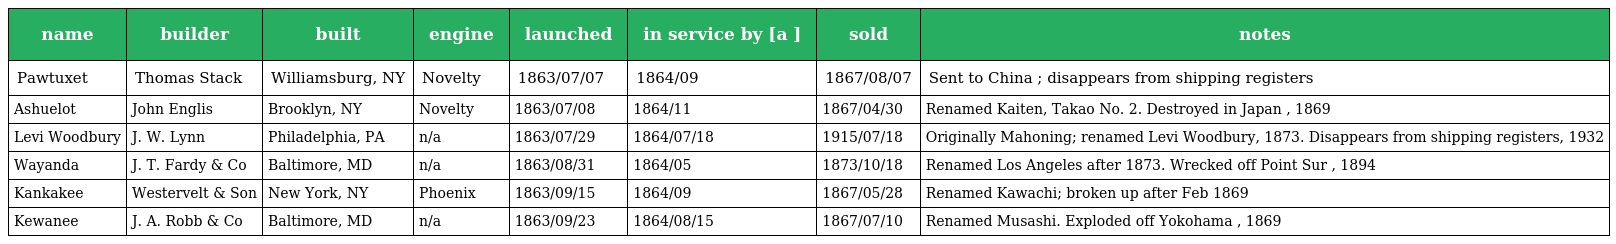
| name | builder | built | engine | launched | in service by [a ] | sold | notes |
 | --- | --- | --- | --- | --- | --- | --- | --- |
 | Pawtuxet | Thomas Stack | Williamsburg, NY | Novelty | 1863/07/07 | 1864/09 | 1867/08/07 | Sent to China ; disappears from shipping registers |
 | Ashuelot | John Englis | Brooklyn, NY | Novelty | 1863/07/08 | 1864/11 | 1867/04/30 | Renamed Kaiten, Takao No. 2. Destroyed in Japan , 1869 |
 | Levi Woodbury | J. W. Lynn | Philadelphia, PA | n/a | 1863/07/29 | 1864/07/18 | 1915/07/18 | Originally Mahoning; renamed Levi Woodbury, 1873. Disappears from shipping registers, 1932 |
 | Wayanda | J. T. Fardy & Co | Baltimore, MD | n/a | 1863/08/31 | 1864/05 | 1873/10/18 | Renamed Los Angeles after 1873. Wrecked off Point Sur , 1894 |
 | Kankakee | Westervelt & Son | New York, NY | Phoenix | 1863/09/15 | 1864/09 | 1867/05/28 | Renamed Kawachi; broken up after Feb 1869 |
 | Kewanee | J. A. Robb & Co | Baltimore, MD | n/a | 1863/09/23 | 1864/08/15 | 1867/07/10 | Renamed Musashi. Exploded off Yokohama , 1869 |